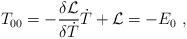
LaTeX: \begin{align*} T_{00}=-{\delta {{\cal L}}\over \delta \dot T}\dot T+{\cal L} =-E_0\ ,\end{align*}